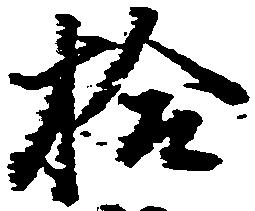
拾